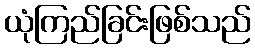
ယုံကြည်ခြင်းဖြစ်သည်